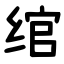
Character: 绾